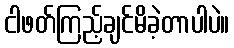
ငါဖတ်ကြည့်ချင်မိခဲ့တာပါပဲ။